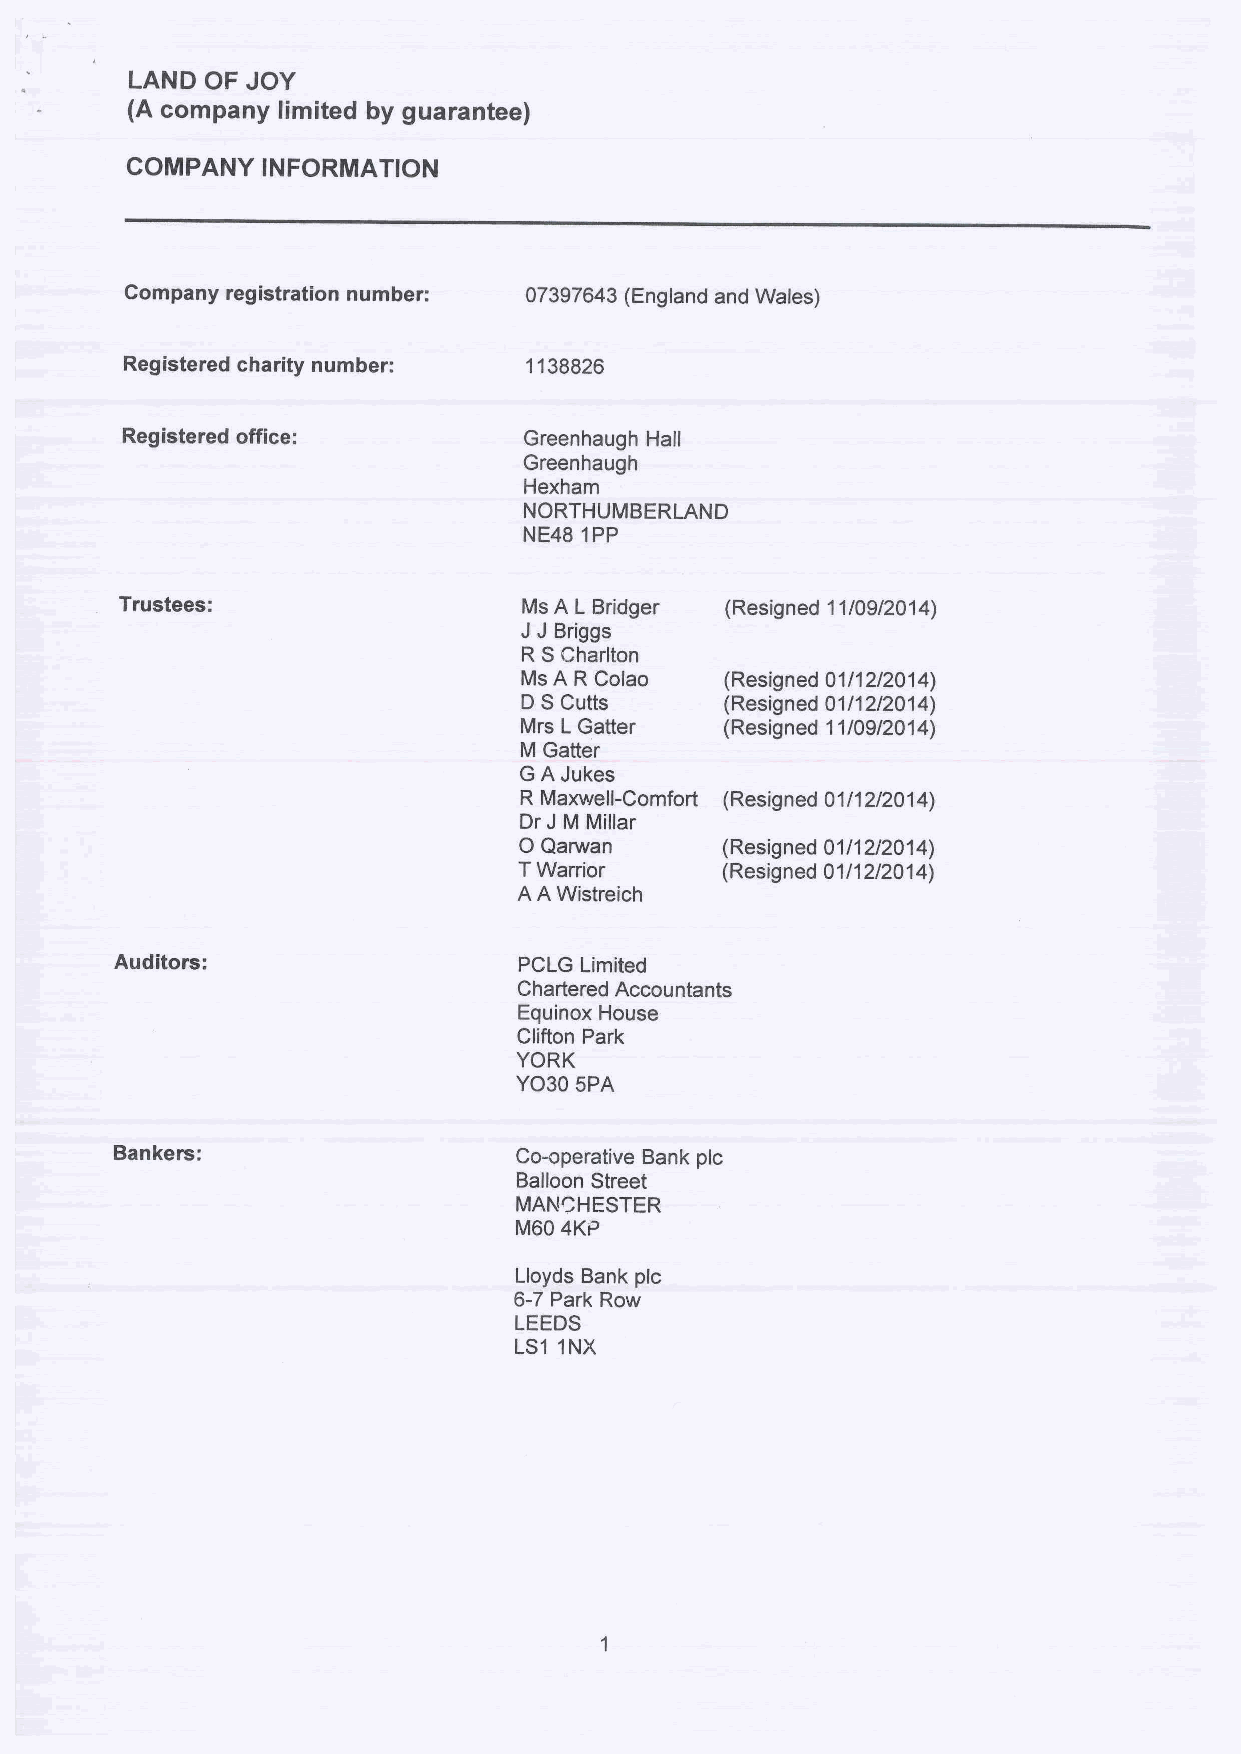
LAND OF JOY
 (A company limited by guarantee)
 COMPANY  INFORMATION
 Company registration number: 07397643(England and Wales)
 Registered charity number: 1138826
 Registered office:         Greenhaugh Hall
 Greenhaugh
 Hexham
 NORTHUMBERLAND
 NE48 1PP
 Trustees:                  Ms A L Bridger (Resigned 11/09/2014)
 JJ
 Briggs
 R SCharlton
 Ms A R Colao
 D SCutts
 Mrs LGatter
 M Getter
 GA Jukes
 R Maxwell-Comfort (Resigned 01/12/2014)
 Dr J M Millar
 0
 Qarwan      (Resigned 01/12/2014)
 TWarrior      (Resigned 01/12/2014)
 A A Wistreich
 Auditors:                 PCLG Limited
 Chartered Accountants
 Equinox House
 Clifton Park
 YORK
 YO30 5PA
 Bankers:                  Co-operative Bank pic
 Balloon Street
 MANCHESTER
 M60 4KP
 Lloyds Bank pic
 6-7 Park Row
 LEEDS
 LS1 1NX